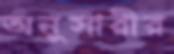
অনুসারীর